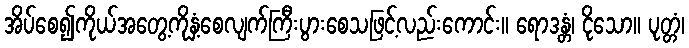
အိပ်စေ၍ကိုယ်အတွေ့ကိုနှံ့စေလျက်ကြီးပွားစေသဖြင့်လည်းကောင်း။ ရောဒန္တံ၊ ငိုသော။ ပုတ္တံ၊